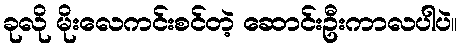
ခုလို မိုးလေကင်းစင်တဲ့ ဆောင်းဦးကာလပါပဲ။